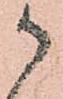
御